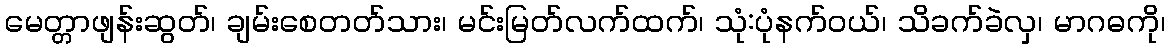
မေတ္တာဖျန်းဆွတ်၊ ချမ်းစေတတ်သား၊ မင်းမြတ်လက်ထက်၊ သုံ:ပုံနက်ဝယ်၊ သိခက်ခဲလှ၊ မာဂဓကို၊